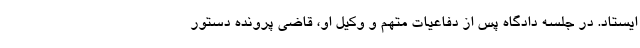
ایستاد. در جلسه دادگاه پس از دفاعیات متهم و وکیل او، قاضی پرونده دستور